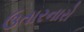
ઉતારનારો